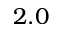
2 . 0